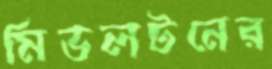
মিডলটনের